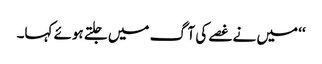
‘‘ میں نے غصے کی آگ میں جلتے ہوئے کہا۔